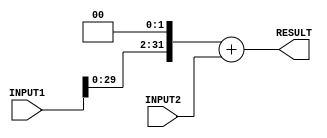
`timescale 1ns/100ps

module adder(INPUT1, INPUT2, RESULT); 

	input [31:0] INPUT1, INPUT2; 
    output reg [31:0] RESULT;
    always @(*) begin
	#2
      RESULT = (INPUT1<<2) + INPUT2;
    end

endmodule